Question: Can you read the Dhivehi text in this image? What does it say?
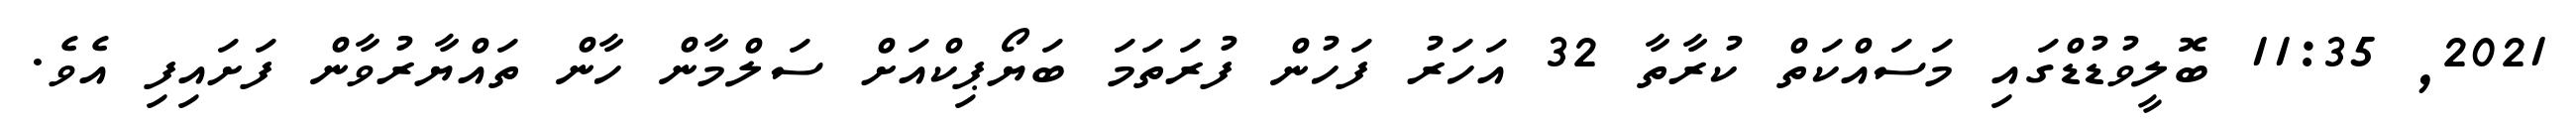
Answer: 2021, 11:35 ބޮލީވުޑުޑްގައި މަސައްކަތް ކުރާތާ 32 އަހަރު ފަހުން ފުރަތަމަ ބަޔޯޕިކްއަށް ސަލްމާން ހާން ތައްޔާރުވާން ފަށައިފި އެވެ.